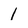
Character: 1